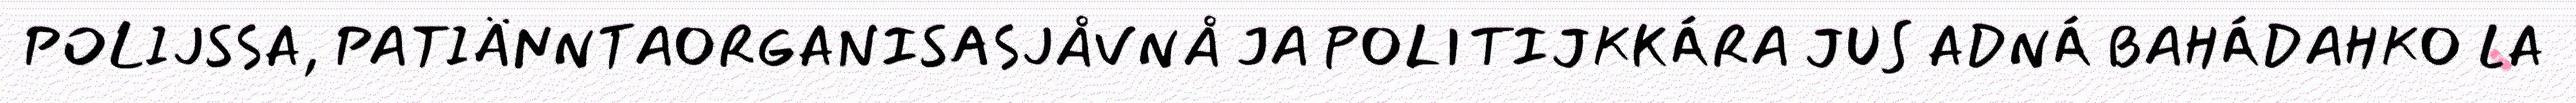
POLIJSSA, PATIÄNNTAORGANISASJÅVNÅ JA POLITIJKKÁRA JUS ADNÁ BAHÁDAHKO LA